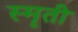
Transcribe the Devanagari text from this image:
स्मॄती